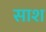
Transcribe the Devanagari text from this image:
साश